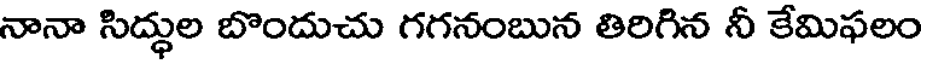
నానా సిద్ధుల బొందుచు గగనంబున తిరిగిన నీ కేమిఫలం